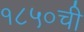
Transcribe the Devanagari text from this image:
१८५०ची